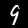
Label: 9